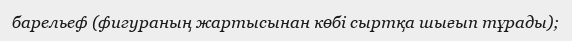
барельеф (фигураның жартысынан көбі сыртқа шығып тұрады);